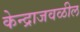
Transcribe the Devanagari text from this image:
केन्द्राजवळील